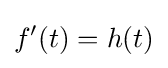
f'(t)=h(t)